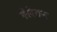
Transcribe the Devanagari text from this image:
सेरेवन